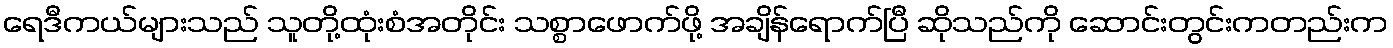
ရေဒီကယ်များသည် သူတို့ထုံးစံအတိုင်း သစ္စာဖောက်ဖို့ အချိန်ရောက်ပြီ ဆိုသည်ကို ဆောင်းတွင်းကတည်းက